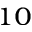
^ { 1 0 }